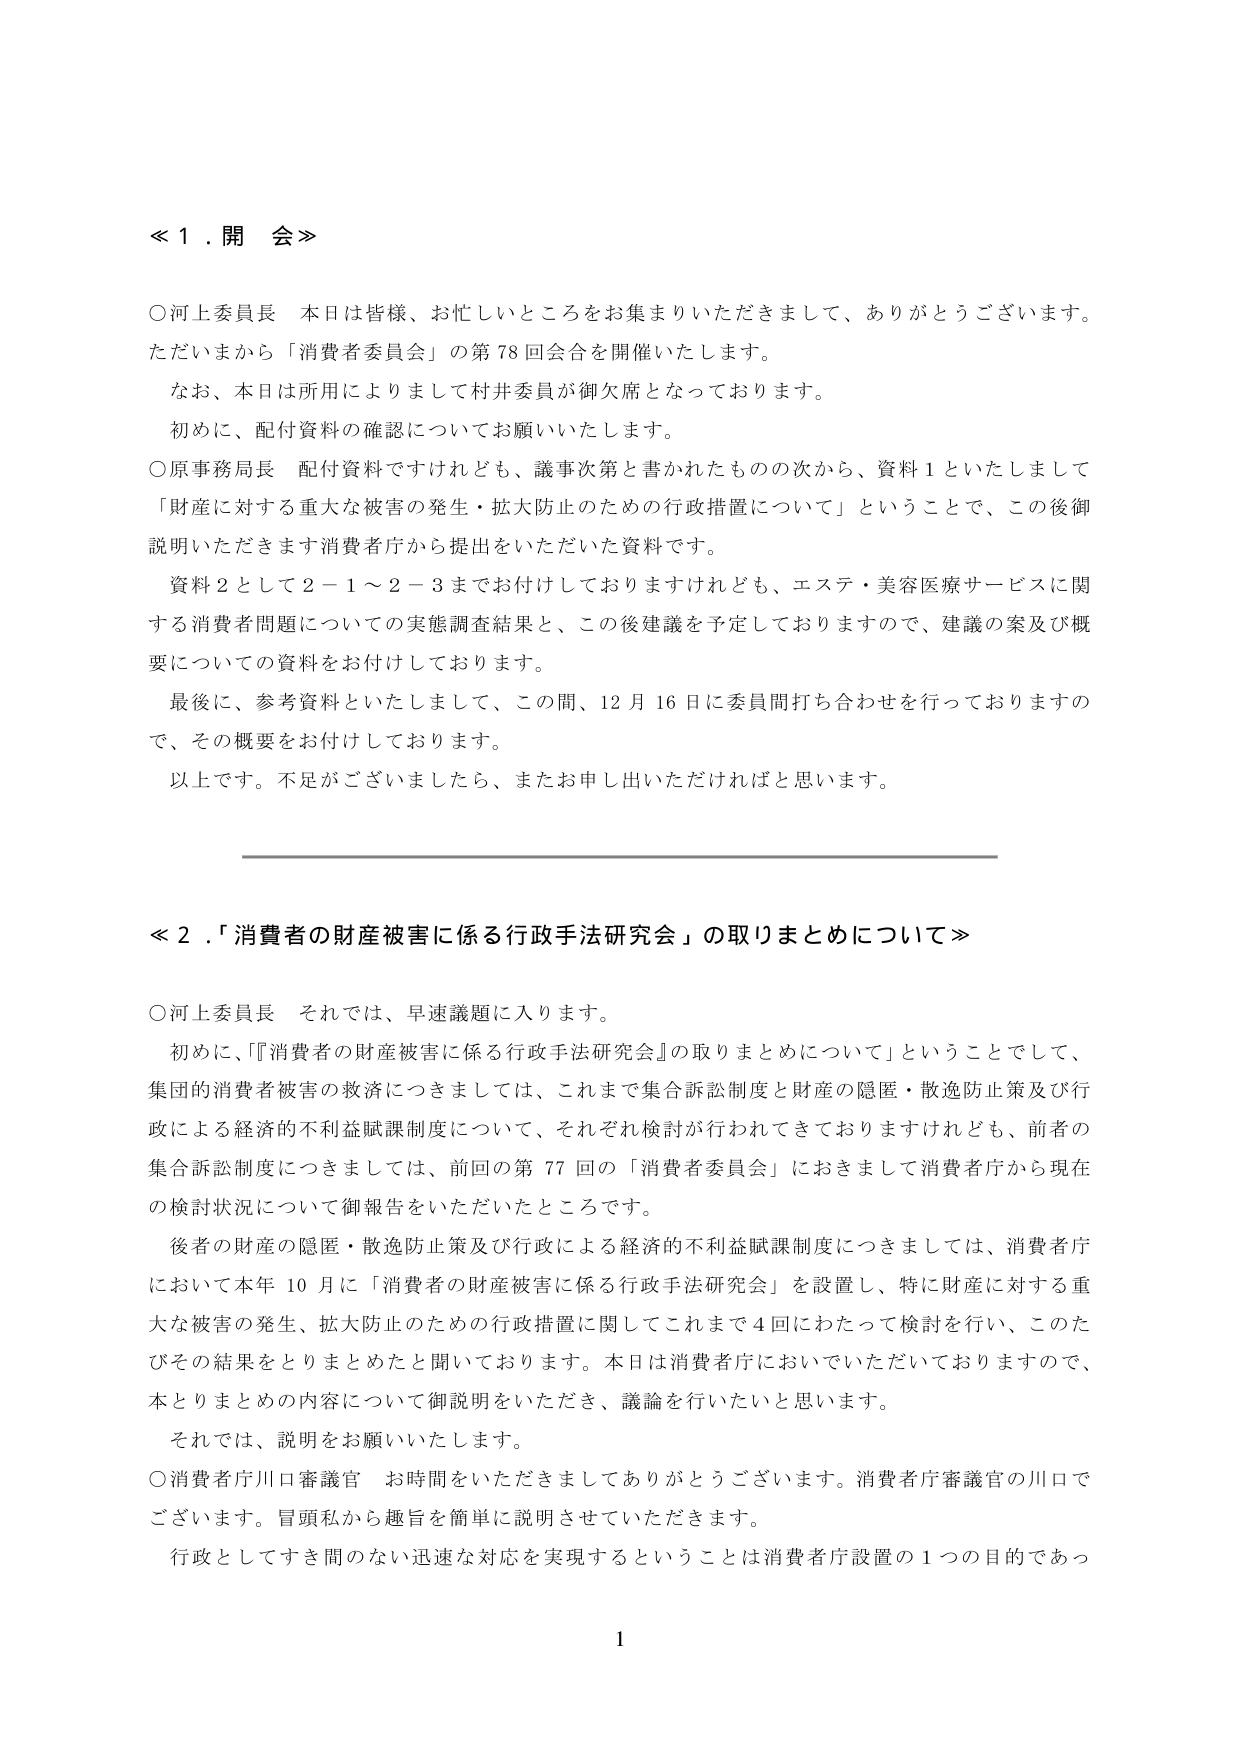
≪１．開会≫

○河上委員長　本日は皆様、お忙しいところをお集まりいただきまして、ありがとうございます。ただいまから「消費者委員会」の第78回会合を開催いたします。
　　なお、本日は所用によりまして村井委員が御欠席となっております。
　　初めに、配付資料の確認についてお願いいたします。
○原事務局長　配付資料ですけれども、議事次第と書かれたものの次から、資料１といたしまして「財産に対する重大な被害の発生・拡大防止のための行政措置について」ということで、この後御説明いただきます消費者庁から提出をいただいた資料です。
　　資料２として２－１～２－３までお付けしておりますけれども、エステ・美容医療サービスに関する消費者問題についての実態調査結果と、この後建議を予定しておりますので、建議の案及び概要についての資料をお付けしております。
　　最後に、参考資料といたしまして、この間、12月16日に委員間打ち合わせを行っておりますので、その概要をお付けしております。
　　以上です。不足がございましたら、またお申し出いただければと思います。

≪２．「消費者の財産被害に係る行政手法研究会」の取りまとめについて≫

○河上委員長　それでは、早速議題に入ります。
　　初めに、「『消費者の財産被害に係る行政手法研究会』の取りまとめについて」ということでして、集団的消費者被害の救済につきましては、これまで集合訴訟制度と財産の隠匿・散逸防止策及び行政による経済的不利益賦課制度について、それぞれ検討が行われてきておりますけれども、前者の集合訴訟制度につきましては、前回の第77回の「消費者委員会」におきまして消費者庁から現在の検討状況について御報告をいただいたところです。
　　後者の財産の隠匿・散逸防止策及び行政による経済的不利益賦課制度につきましては、消費者庁において本年10月に「消費者の財産被害に係る行政手法研究会」を設置し、特に財産に対する重大な被害の発生、拡大防止のための行政措置に関してこれまで4回にわたって検討を行い、このたびその結果をとりまとめたと聞いております。本日は消費者庁においていただいておりますので、本とりまとめの内容について御説明をいただき、議論を行いたいと思います。
　　それでは、説明をお願いいたします。
○消費者庁川口審議官　お時間をいただきましてありがとうございます。消費者庁審議官の川口でございます。冒頭私から趣旨を簡単に説明させていただきます。
　　行政としてすき間のない迅速な対応を実現するということは消費者庁設置の1つの目的であっ

1